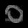
Digit: ၀